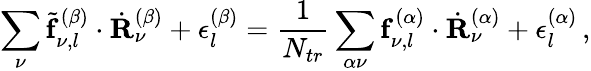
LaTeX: \sum_{\nu}\tilde{\mathbf{f}}_{\nu,l}^{(\beta)}\cdot\dot{\mathbf{R}}_{\nu}^{(\beta)}+\epsilon_{l}^{(\beta)}=\frac{1}{N_{tr}}\sum_{\alpha\nu}\mathbf{f}_{\nu,l}^{(\alpha)}\cdot\dot{\mathbf{R}}_{\nu}^{(\alpha)}+\epsilon_{l}^{(\alpha)}\, ,